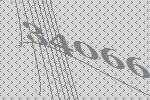
34066